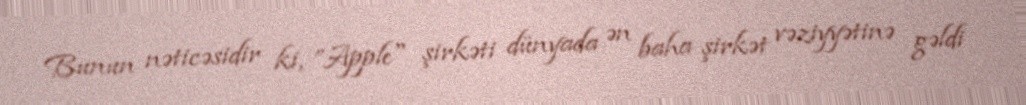
Bunun nəticəsidir ki, ”Apple" şirkəti dünyada ən baha şirkət vəziyyətinə gəldi